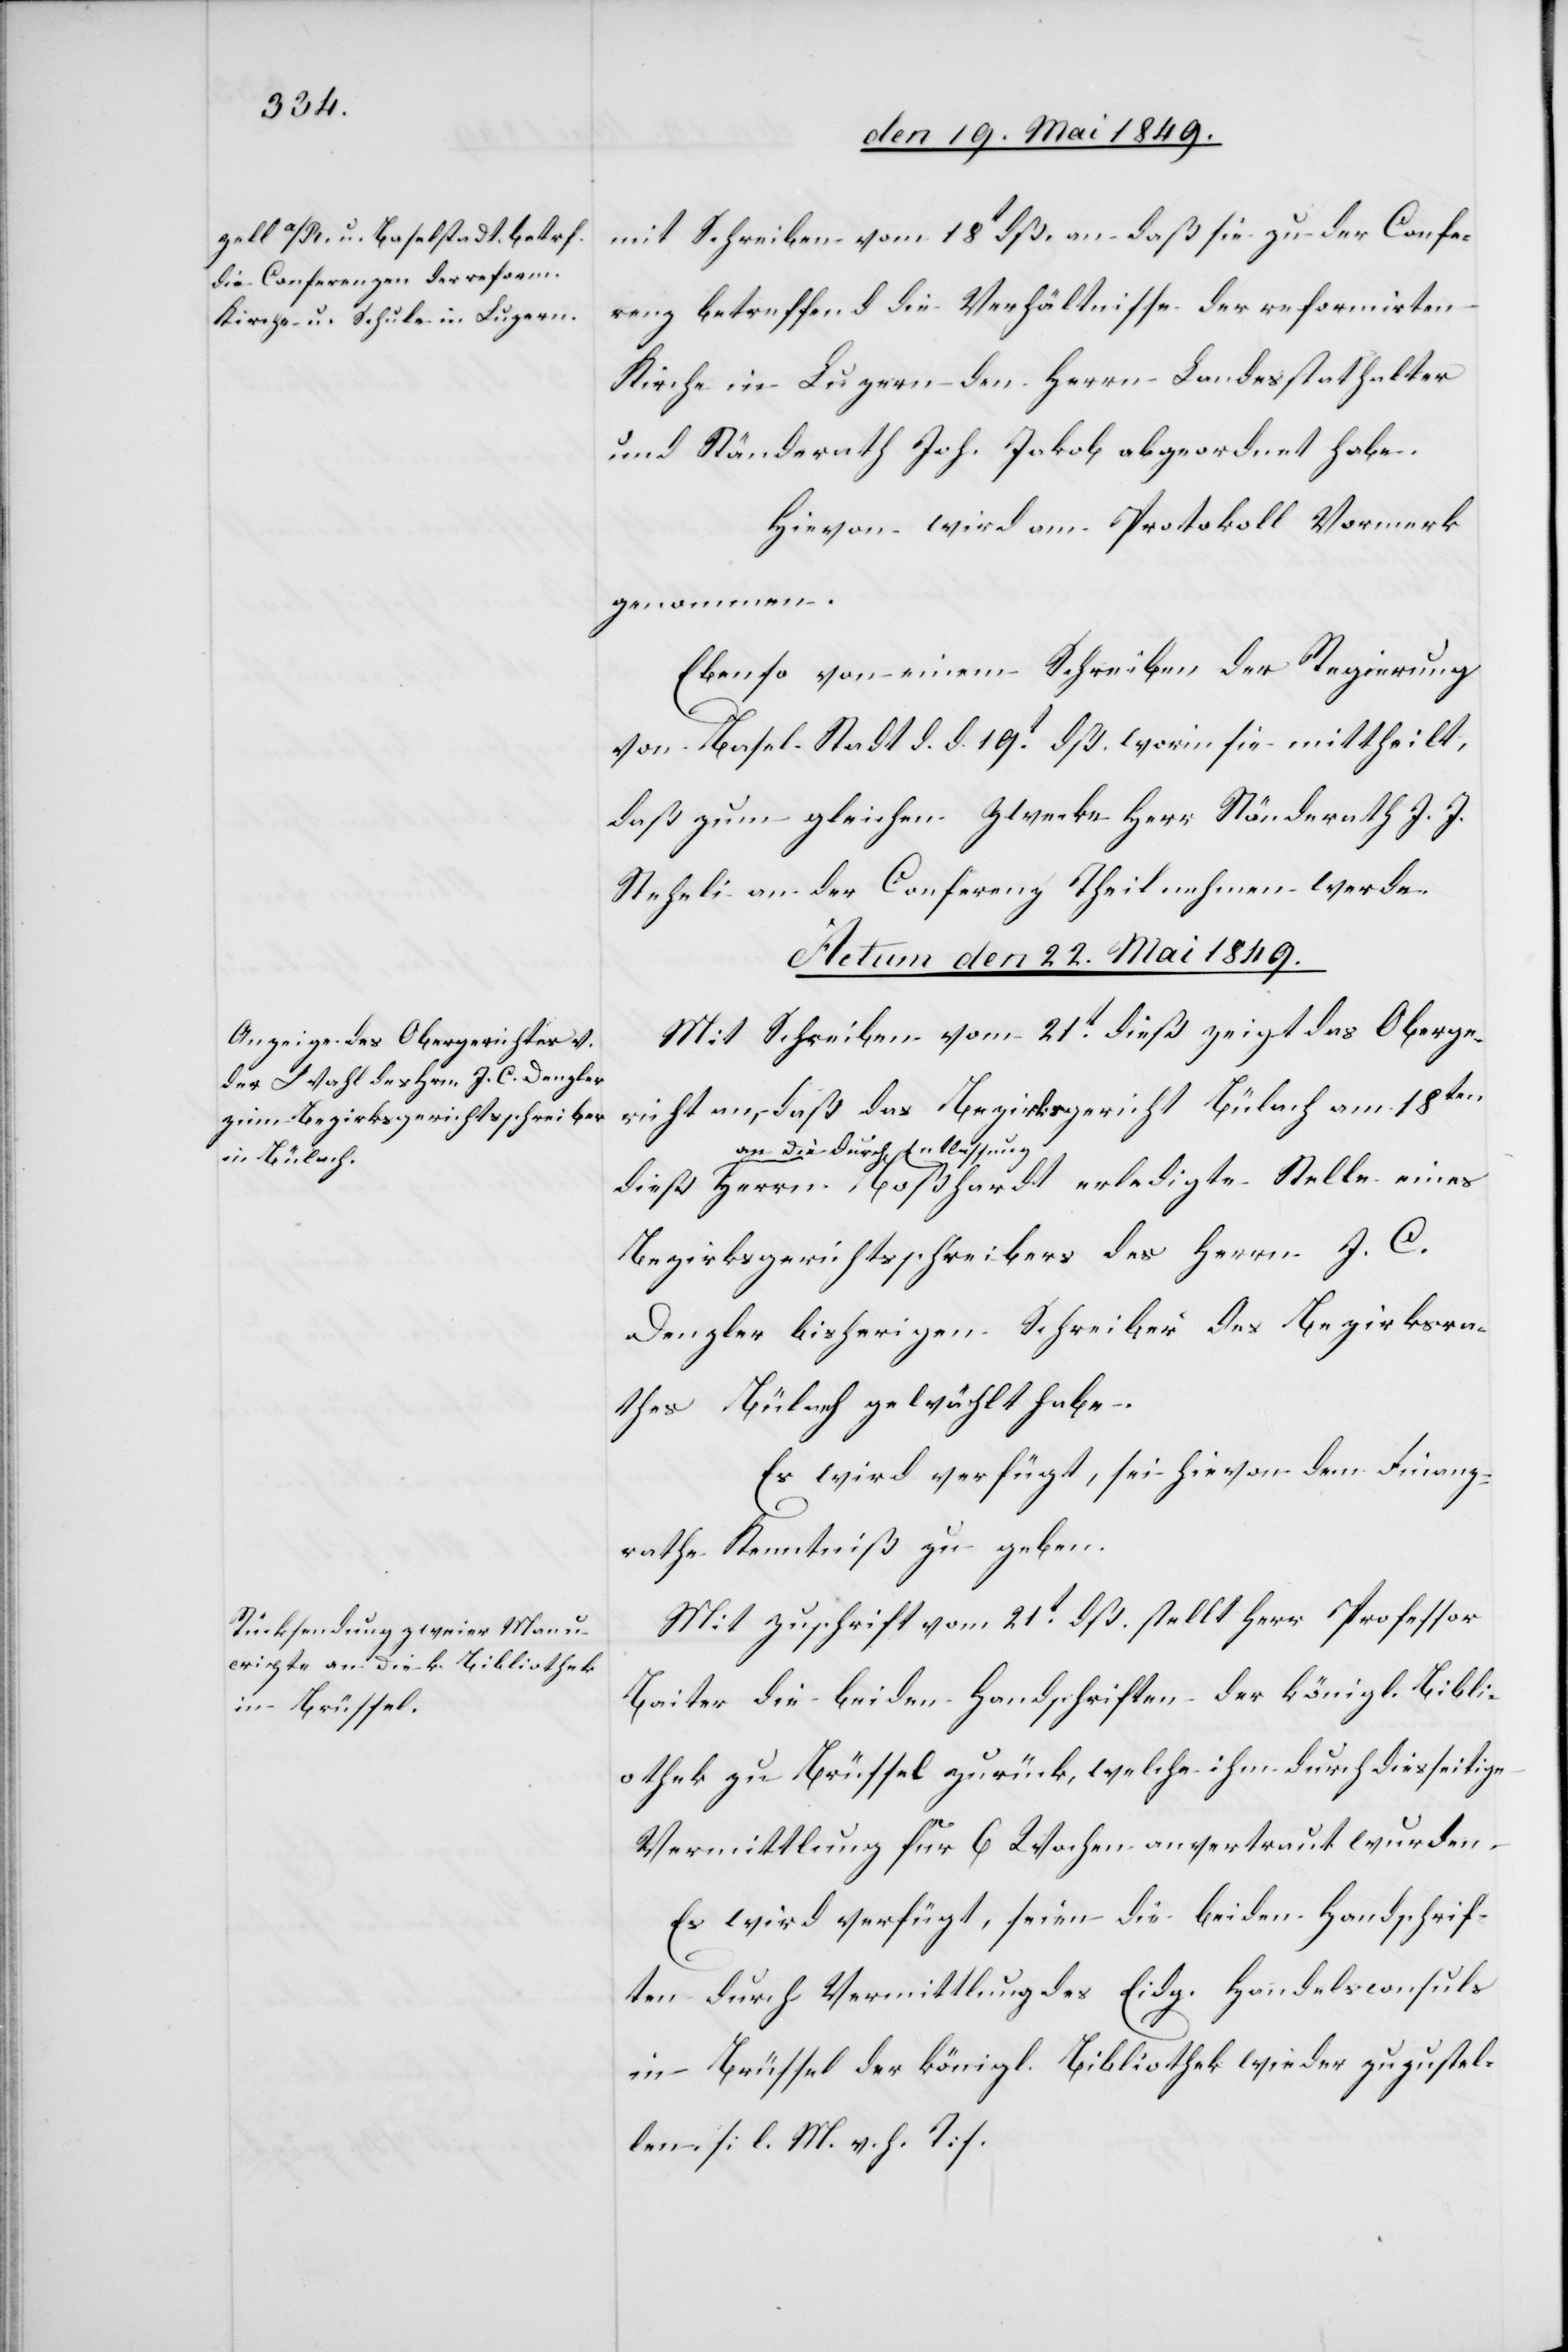
mit Schreiben vom 18t dß. an daß sie zu der Confe¬
renz betreffend die Verhältnisse der reformirten
Kirche in Luzern den Herrn Landesstathalter
und Ständerath Joh. Jakob abgeordnet habe.
Hievon wird am Protokoll Vormerk
genommen.
Ebenso von einem Schreiben der Regierung
von Basel Stadt d. d. 19t dß. worin sie mittheilt,
daß zum gleichen Zwecke Herr Ständerath J. J.
Stehli an der Conferenz Theil nehmen werde.
Actum den 22. Mai 1849.]
Mit Schreiben vom 21t dieß zeigt das Oberge¬
richt an, daß das Bezirksgericht Bülach am 18ten
a-an die durch Entlassun¬
g-a Herrn Boßhardt erledigte Stelle eines
Bezirksgerichtsschreibers des Herrn J. C.
Denzler bisherigen Schreiber des Bezirksra¬
thes Bülach gewählt habe.
Es wird verfügt, sei hievon dem Finanz¬
rathe Kenntniß zu geben.
Mit Zuschrift vom 21t dß. stellt Herr Professor
Baiter die beiden Handschriften der königl. Bibli¬
othek zu Brüssel zurück, welche ihm durch diesseitige
Vermittlung für 6. Wochen anvertraut wurden.
Es wird verfügt, seien die beiden Handschrif¬
ten durch Vermittlung des Eidg. Handelsconsuls
in Brüssel der königl. Bibliothek wieder zuzustel¬
len [l. M. h. T].